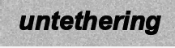
untethering